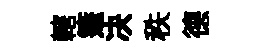
轄箑决秩德